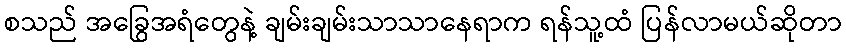
စသည် အခြွေအရံတွေနဲ့ ချမ်းချမ်းသာသာနေရာက ရန်သူ့ထံ ပြန်လာမယ်ဆိုတာ